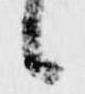
候